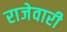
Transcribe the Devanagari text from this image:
राजेवारी